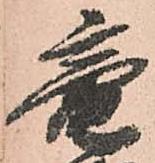
竜